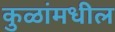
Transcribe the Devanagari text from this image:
कुळांमधील